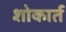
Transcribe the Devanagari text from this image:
शोकार्त